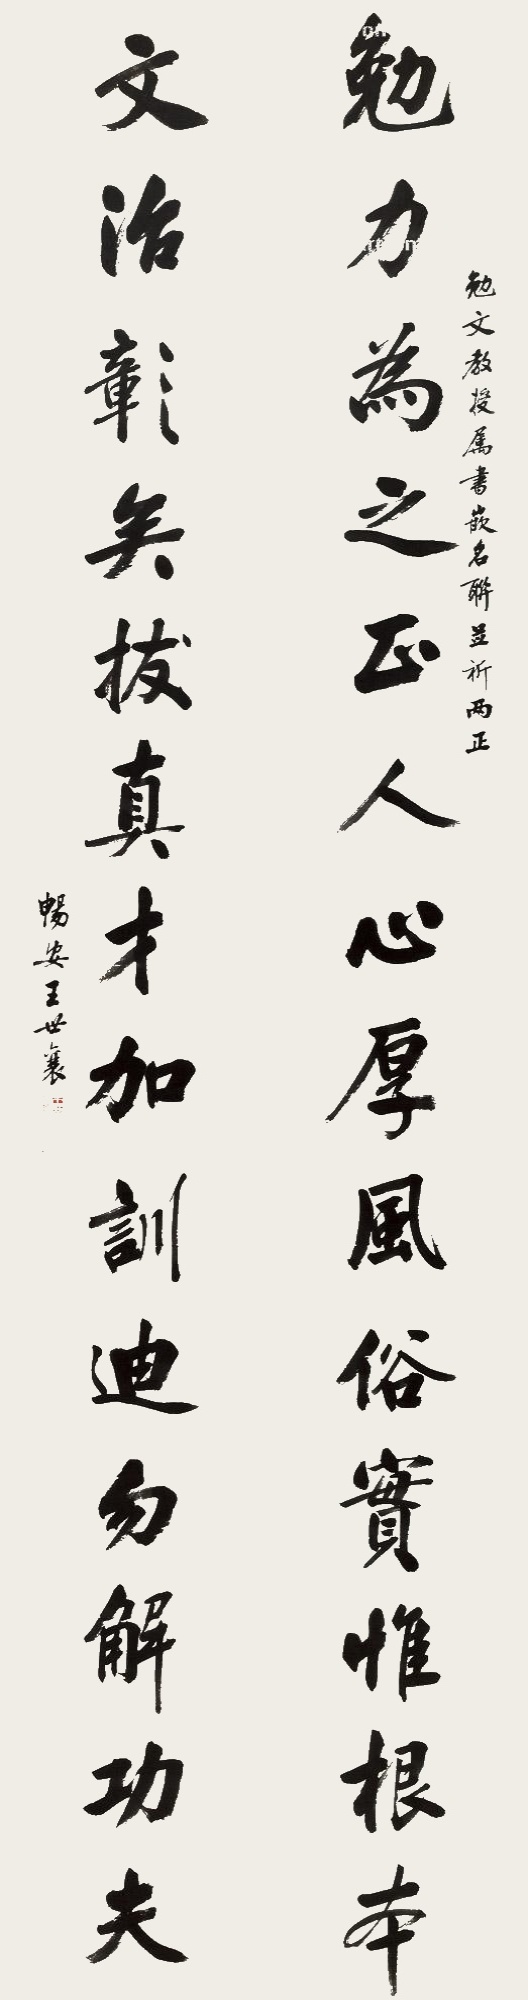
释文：勉力为之正人心厚风俗实为根本，文治彰矣拔真才加训迪勿解功夫。勉文教授属书嵌名联并祈两正，畅安王世襄。